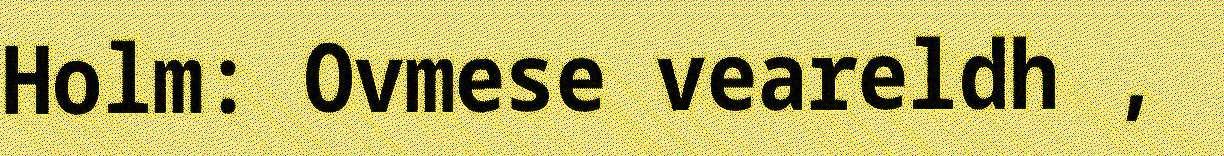
Holm: Ovmese veareldh ,